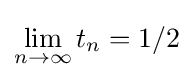
\lim _{n\to \infty }t_{n}=1/2